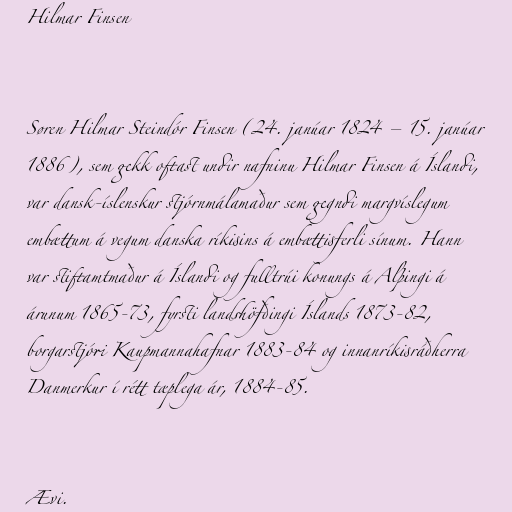
Hilmar Finsen

Søren Hilmar Steindór Finsen (24. janúar 1824 – 15. janúar
1886), sem gekk oftast undir nafninu Hilmar Finsen á Íslandi,
var dansk-íslenskur stjórnmálamaður sem gegndi margvíslegum
embættum á vegum danska ríkisins á embættisferli sínum. Hann
var stiftamtmaður á Íslandi og fulltrúi konungs á Alþingi á
árunum 1865-73, fyrsti landshöfðingi Íslands 1873-82,
borgarstjóri Kaupmannahafnar 1883-84 og innanríkisráðherra
Danmerkur í rétt tæplega ár, 1884-85.

Ævi.